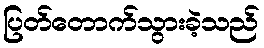
ပြတ်တောက်သွားခဲ့သည်